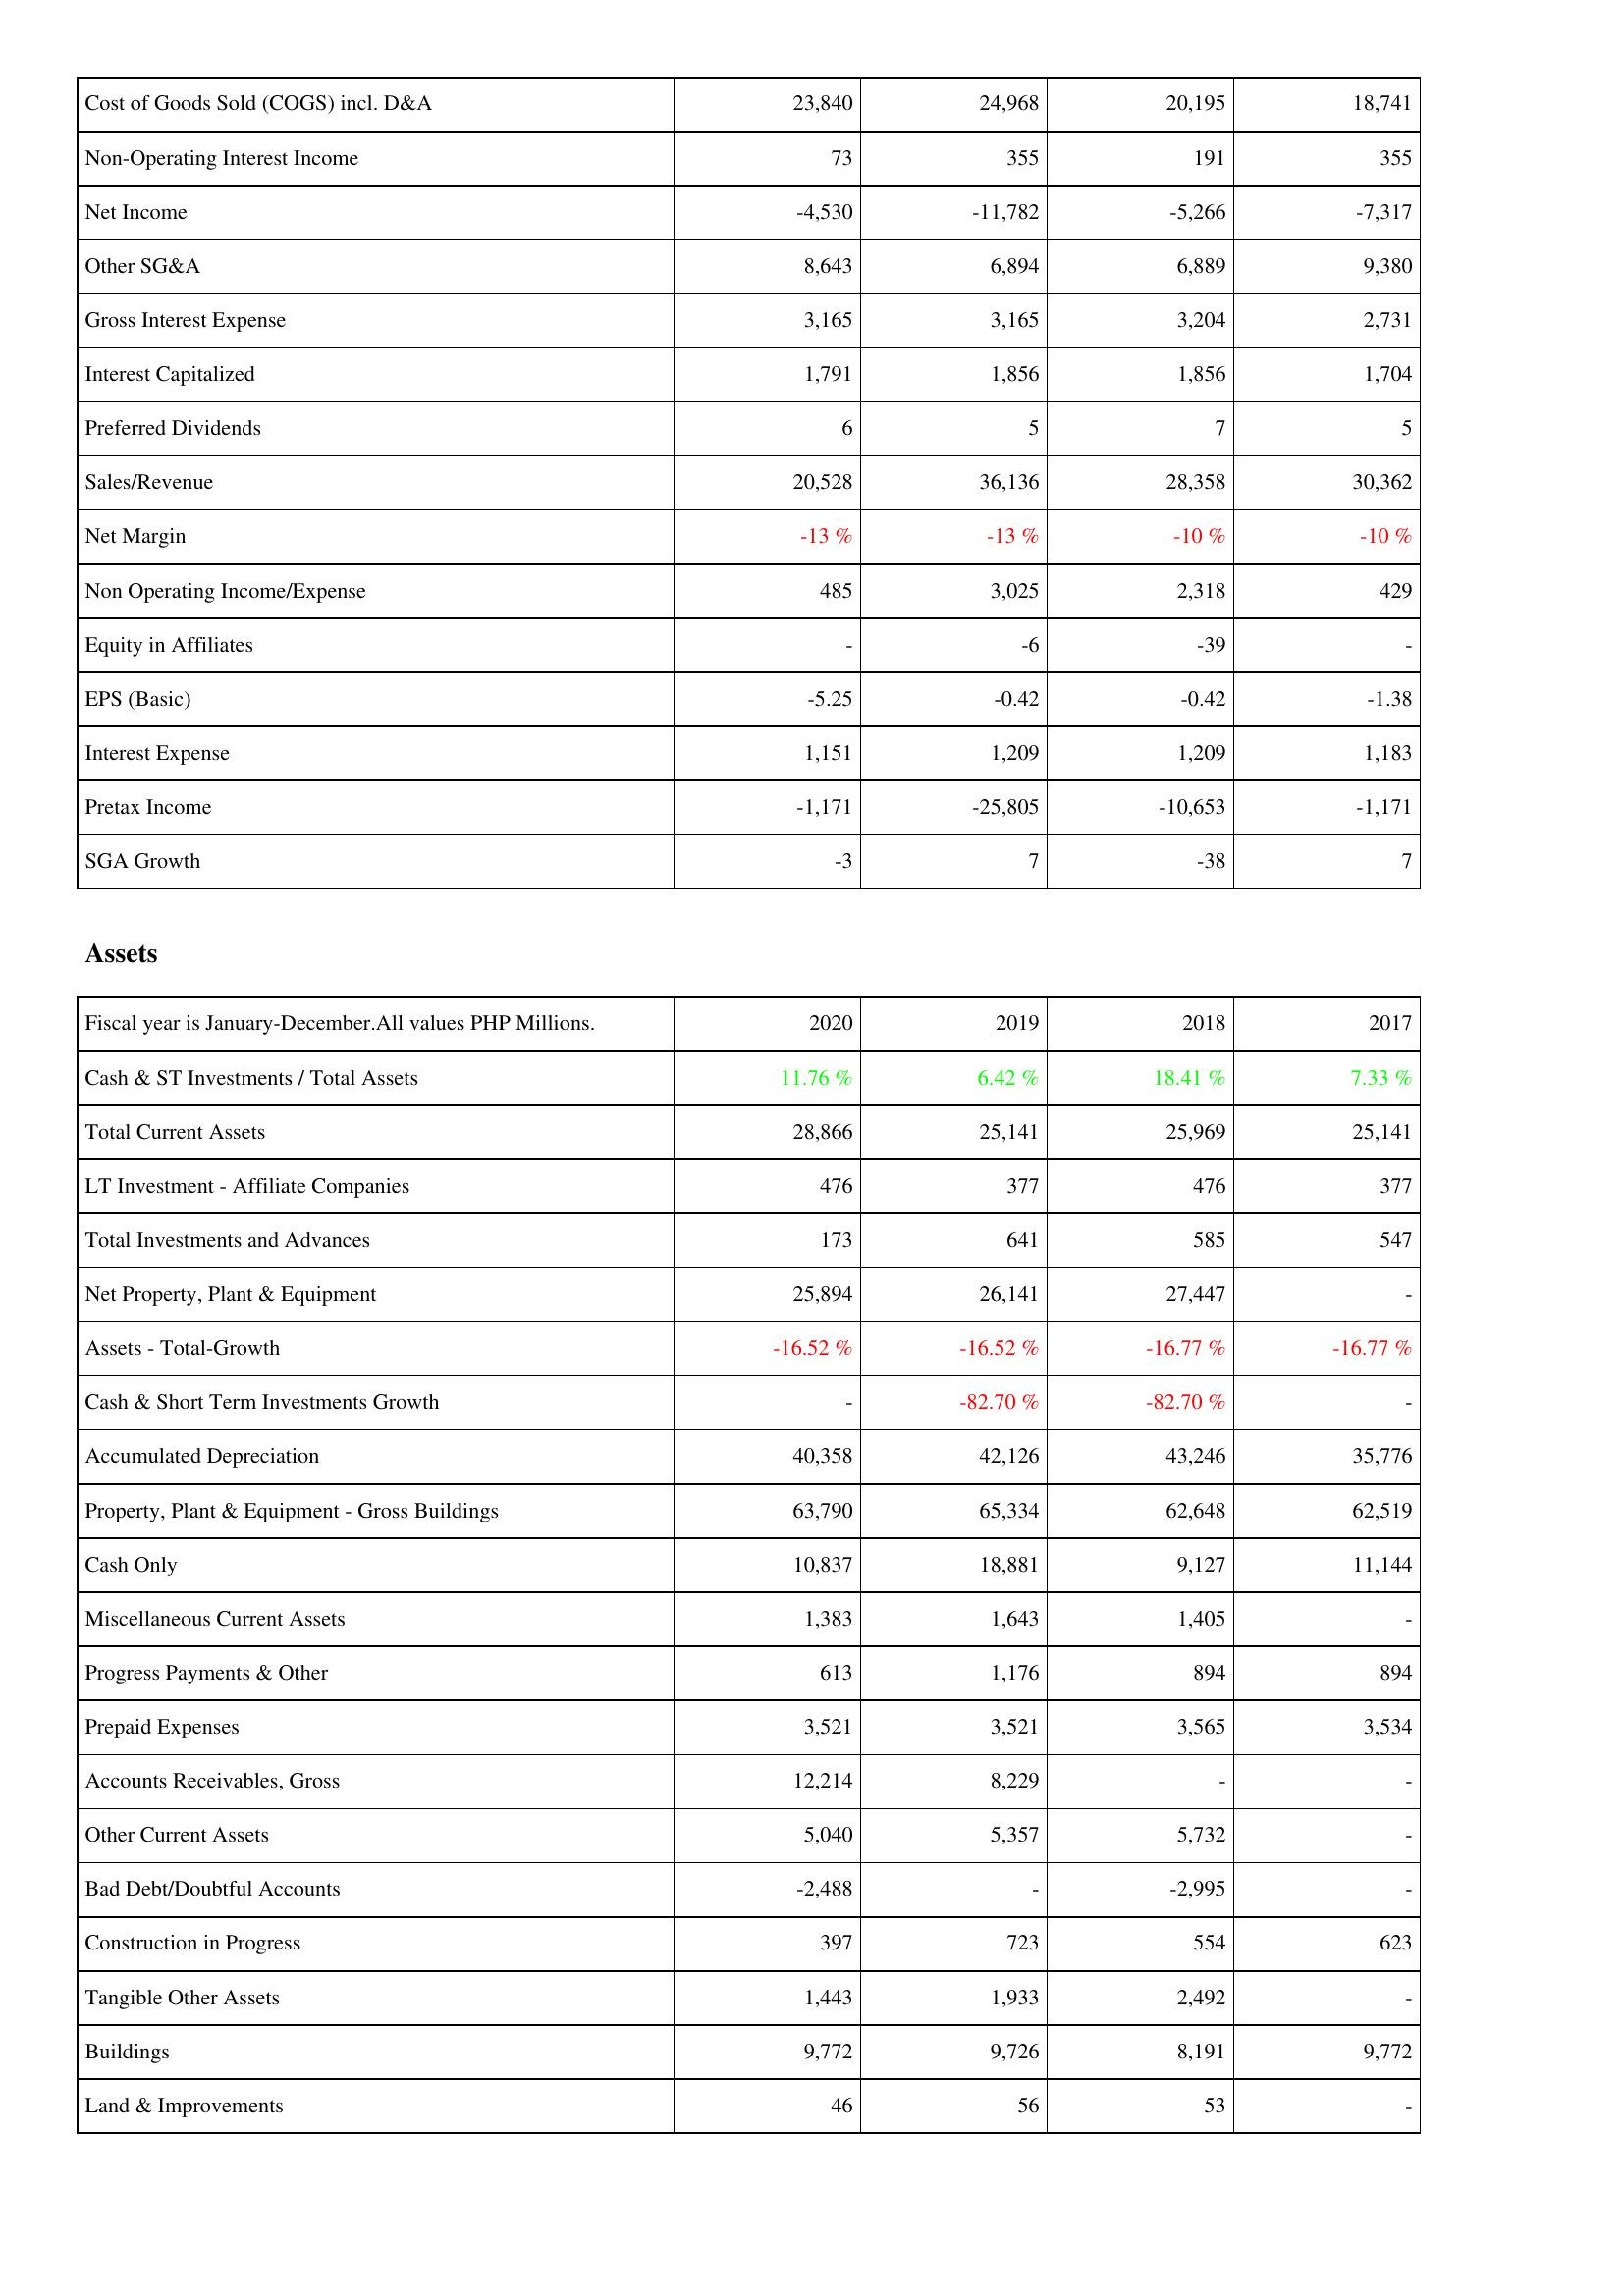
2020: Income Statement: Cost of Goods Sold (COGS) incl. D&A: 23,840
Non-Operating Interest Income: 73
Net Income: -4,530
Other SG&A: 8,643
Gross Interest Expense: 3,165
Interest Capitalized: 1,791
Preferred Dividends: 6
Sales/Revenue: 20,528
Net Margin: -13 %
Non Operating Income/Expense: 485
Equity in Affiliates: -
EPS (Basic): -5.25
Interest Expense: 1,151
Pretax Income: -1,171
SGA Growth: -3
Assets: Cash & ST Investments / Total Assets: 11.76 %
Total Current Assets: 28,866
LT Investment - Affiliate Companies: 476
Total Investments and Advances: 173
Net Property, Plant & Equipment: 25,894
Assets - Total-Growth: -16.52 %
Cash & Short Term Investments Growth: -
Accumulated Depreciation: 40,358
Property, Plant & Equipment - Gross Buildings: 63,790
Cash Only: 10,837
Miscellaneous Current Assets: 1,383
Progress Payments & Other: 613
Prepaid Expenses: 3,521
Accounts Receivables, Gross: 12,214
Other Current Assets: 5,040
Bad Debt/Doubtful Accounts: -2,488
Construction in Progress: 397
Tangible Other Assets: 1,443
Buildings: 9,772
Land & Improvements: 46
2019: Income Statement: Cost of Goods Sold (COGS) incl. D&A: 24,968
Non-Operating Interest Income: 355
Net Income: -11,782
Other SG&A: 6,894
Gross Interest Expense: 3,165
Interest Capitalized: 1,856
Preferred Dividends: 5
Sales/Revenue: 36,136
Net Margin: -13 %
Non Operating Income/Expense: 3,025
Equity in Affiliates: -6
EPS (Basic): -0.42
Interest Expense: 1,209
Pretax Income: -25,805
SGA Growth: 7
Assets: Cash & ST Investments / Total Assets: 6.42 %
Total Current Assets: 25,141
LT Investment - Affiliate Companies: 377
Total Investments and Advances: 641
Net Property, Plant & Equipment: 26,141
Assets - Total-Growth: -16.52 %
Cash & Short Term Investments Growth: -82.70 %
Accumulated Depreciation: 42,126
Property, Plant & Equipment - Gross Buildings: 65,334
Cash Only: 18,881
Miscellaneous Current Assets: 1,643
Progress Payments & Other: 1,176
Prepaid Expenses: 3,521
Accounts Receivables, Gross: 8,229
Other Current Assets: 5,357
Bad Debt/Doubtful Accounts: -
Construction in Progress: 723
Tangible Other Assets: 1,933
Buildings: 9,726
Land & Improvements: 56
2018: Income Statement: Cost of Goods Sold (COGS) incl. D&A: 20,195
Non-Operating Interest Income: 191
Net Income: -5,266
Other SG&A: 6,889
Gross Interest Expense: 3,204
Interest Capitalized: 1,856
Preferred Dividends: 7
Sales/Revenue: 28,358
Net Margin: -10 %
Non Operating Income/Expense: 2,318
Equity in Affiliates: -39
EPS (Basic): -0.42
Interest Expense: 1,209
Pretax Income: -10,653
SGA Growth: -38
Assets: Cash & ST Investments / Total Assets: 18.41 %
Total Current Assets: 25,969
LT Investment - Affiliate Companies: 476
Total Investments and Advances: 585
Net Property, Plant & Equipment: 27,447
Assets - Total-Growth: -16.77 %
Cash & Short Term Investments Growth: -82.70 %
Accumulated Depreciation: 43,246
Property, Plant & Equipment - Gross Buildings: 62,648
Cash Only: 9,127
Miscellaneous Current Assets: 1,405
Progress Payments & Other: 894
Prepaid Expenses: 3,565
Accounts Receivables, Gross: -
Other Current Assets: 5,732
Bad Debt/Doubtful Accounts: -2,995
Construction in Progress: 554
Tangible Other Assets: 2,492
Buildings: 8,191
Land & Improvements: 53
2017: Income Statement: Cost of Goods Sold (COGS) incl. D&A: 18,741
Non-Operating Interest Income: 355
Net Income: -7,317
Other SG&A: 9,380
Gross Interest Expense: 2,731
Interest Capitalized: 1,704
Preferred Dividends: 5
Sales/Revenue: 30,362
Net Margin: -10 %
Non Operating Income/Expense: 429
Equity in Affiliates: -
EPS (Basic): -1.38
Interest Expense: 1,183
Pretax Income: -1,171
SGA Growth: 7
Assets: Cash & ST Investments / Total Assets: 7.33 %
Total Current Assets: 25,141
LT Investment - Affiliate Companies: 377
Total Investments and Advances: 547
Net Property, Plant & Equipment: -
Assets - Total-Growth: -16.77 %
Cash & Short Term Investments Growth: -
Accumulated Depreciation: 35,776
Property, Plant & Equipment - Gross Buildings: 62,519
Cash Only: 11,144
Miscellaneous Current Assets: -
Progress Payments & Other: 894
Prepaid Expenses: 3,534
Accounts Receivables, Gross: -
Other Current Assets: -
Bad Debt/Doubtful Accounts: -
Construction in Progress: 623
Tangible Other Assets: -
Buildings: 9,772
Land & Improvements: -